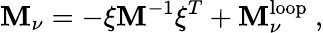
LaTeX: {\cal\mathbf{M}}_{\nu}=-\xi\mathbf{M}^{-1}\xi^{T}+{\cal\mathbf{M}}_{\nu}^{\mathrm{{loop}}}\ ,